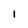
Character: 1